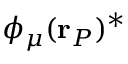
\phi _ { \mu } ( \mathbf { r } _ { P } ) ^ { * }